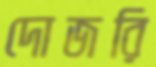
দোজরি